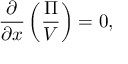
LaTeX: { \frac { \partial } { \partial x } } \left( { \frac { \Pi } { V } } \right) = 0 ,